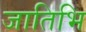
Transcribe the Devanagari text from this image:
जातिभि